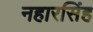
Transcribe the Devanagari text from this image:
नहारसिंह